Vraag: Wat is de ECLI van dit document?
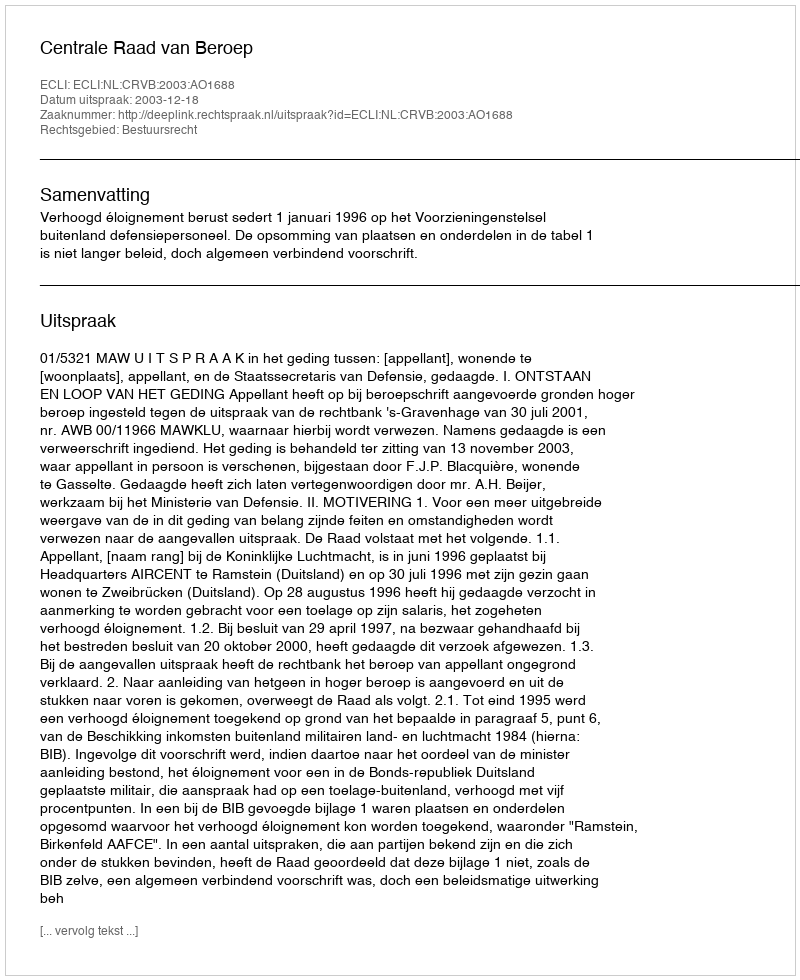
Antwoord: ECLI:NL:CRVB:2003:AO1688